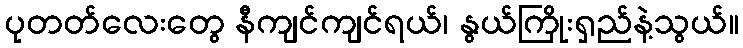
ပုတတ်လေးတွေ နီကျင်ကျင်ရယ်၊ နွယ်ကြိုးရှည်နဲ့သွယ်။